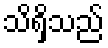
သိရှိသည်